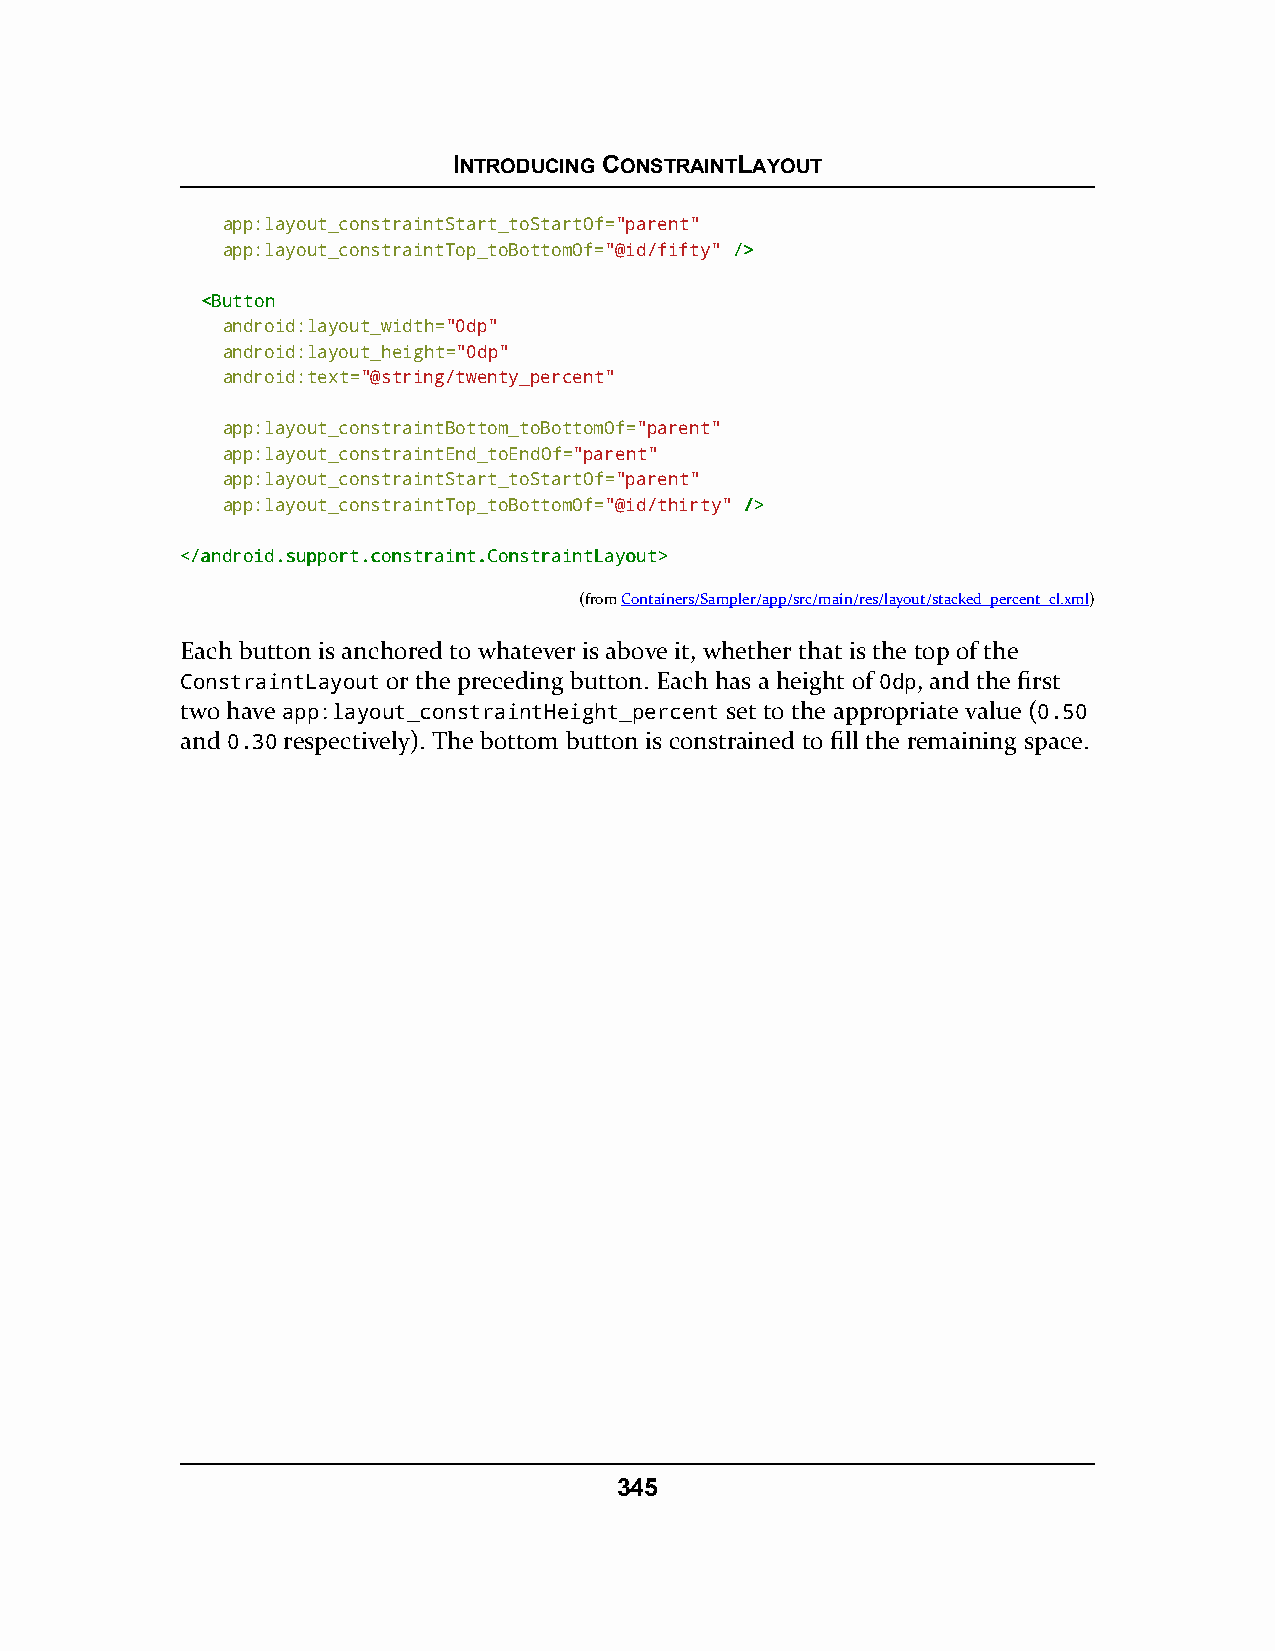
INTRODUCING CONSTRAINTLAYOUT
 app:layout_constraintStart_toStartOf="parent"
 app:layout_constraintTop_toBottomOf="@id/fifty" //>>
 <<BBuuttttoonn
 android:layout_width="0dp"
 android:layout_height="0dp"
 android:text="@string/twenty_percent"
 app:layout_constraintBottom_toBottomOf="parent"
 app:layout_constraintEnd_toEndOf="parent"
 app:layout_constraintStart_toStartOf="parent"
 app:layout_constraintTop_toBottomOf="@id/thirty" //>>
 <<//aannddrrooiidd..ssuuppppoorrtt..ccoonnssttrraaiinntt..CCoonnssttrraaiinnttLLaayyoouutt>>
 (fromContainers/Sampler/app/src/main/res/layout/stacked_percent_cl.xml)
 Each button is anchored to whatever is above it, whether that is the top of the
 ConstraintLayout or the preceding button. Each has a height of 0dp, and the first
 two have app:layout_constraintHeight_percent set to the appropriate value (0.50
 and 0.30 respectively). The bottom button is constrained to fill the remaining space.
 345